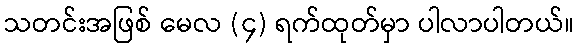
သတင်းအဖြစ် မေလ (၄) ရက်ထုတ်မှာ ပါလာပါတယ်။